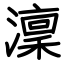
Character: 澟